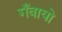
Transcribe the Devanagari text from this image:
गँवायो